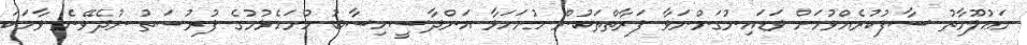
މަޢުލޫމާތު ސާފުކުރެއްވުމަށް ވަޑައިނުގަންނަވާ ފަރާތްތަކުން ހުށަހަޅާ އަންދާސީހިސާބު ހުށަހެޅުމުގެ ފުރުސަތު ނުދެވޭނެ ވާހަކަ